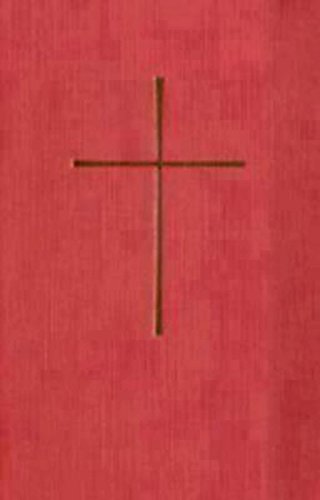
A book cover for Selections from the Book of Common Prayer Spanish-English: Red Hardcover; Church Publishing; Christian Books & Bibles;